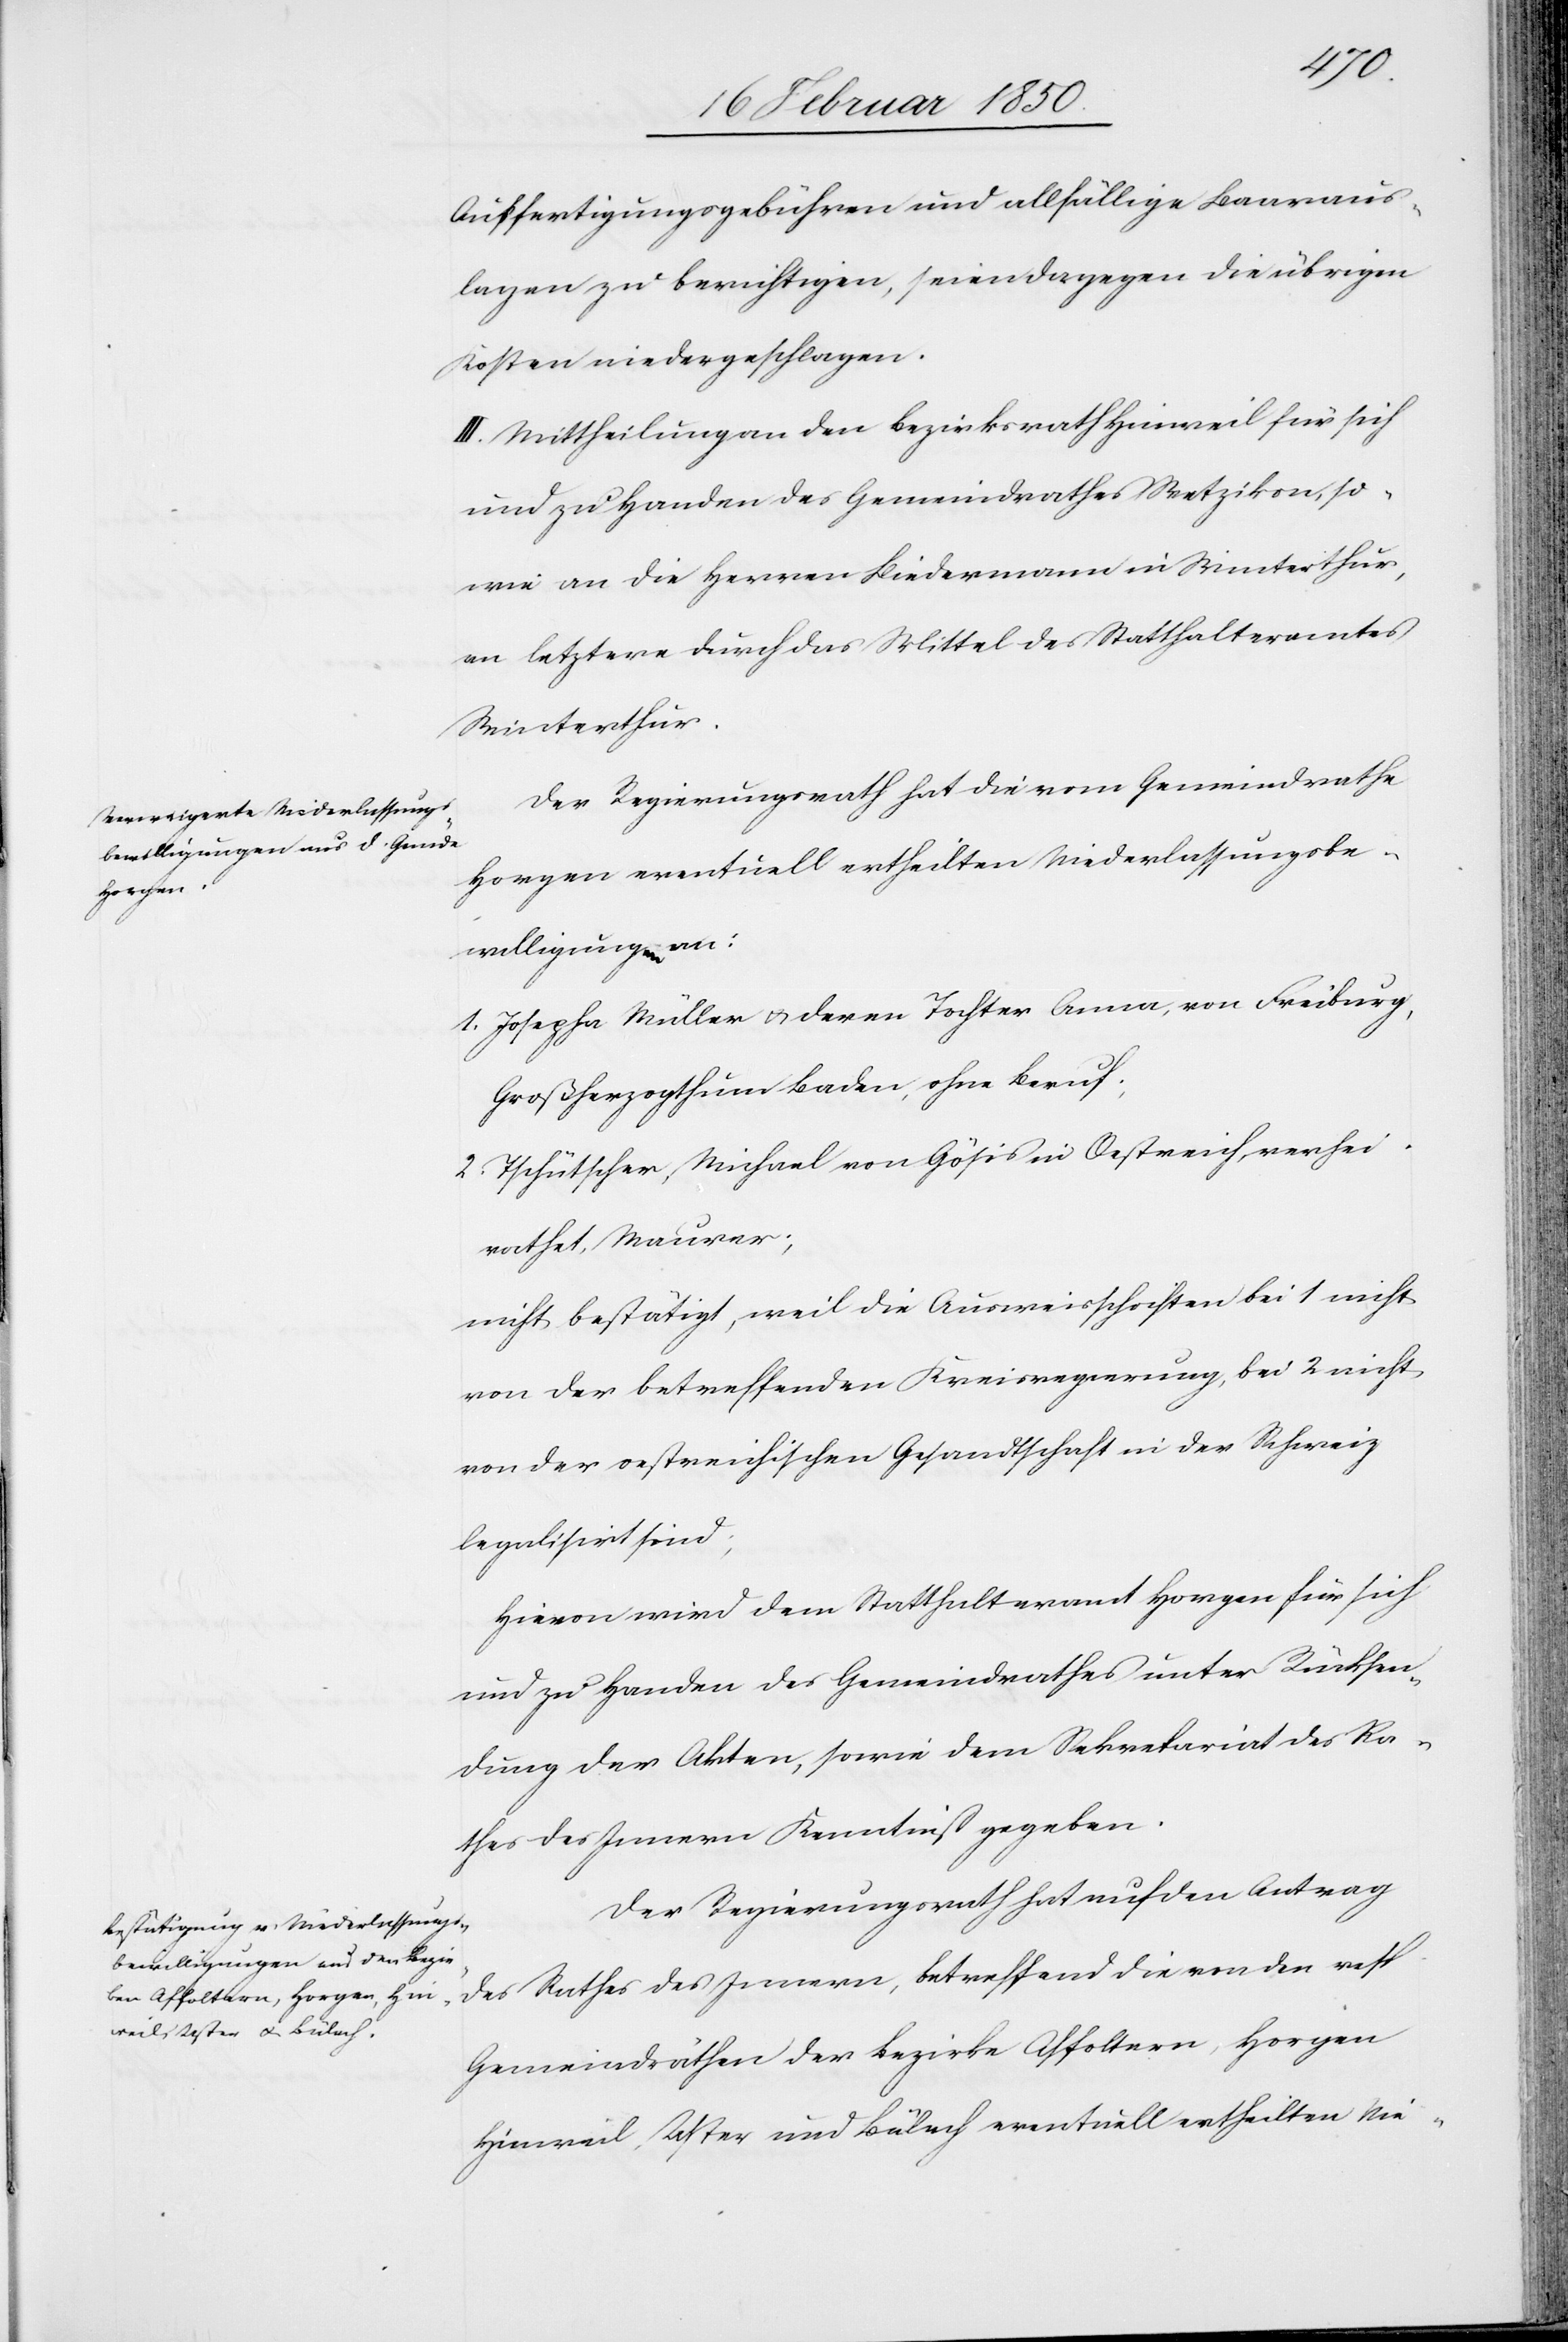
Ausfertigungsgebühren und allfällige Baaraus¬
lagen zu berichtigen, seien dagegen die übrigen
Kosten niedergeschlagen.
III. Mittheilung an den Bezirksrath Hinweil für sich
und zu Handen des Gemeindrathes Wetzikon, so
wie an die Herren Biedermann in Winterthur,
an letztere durch das Mittel des Statthalteramtes
Winterthur.
Der Regierungsrath hat die vom Gemeindrathe
Horgen eventuell ertheilten Niederlassungsbe¬
willigungen an:
1. Josepha Müller u. deren Tochter Anna, von Freiburg,
Großherzogthum Baden, ohne Beruf;
2. Tschütscher, Michael von Gösis in Oestreich, verhei¬
rathet, Maurer;
nicht bestätigt, weil die Ausweisschriften bei 1 nicht
von der betreffenden Kreisregierung, bei 2 nicht
von der oestreichischen Gesandtschaft in der Schweiz
legalisirt sind;
Hievon wird dem Statthalteramt Horgen für sich
und zu Handen des Gemeindrathes unter Rücksen¬
dung der Akten, sowie dem Sekretariat des Ra¬
thes des Innern Kenntniß gegeben.
Der Regierungsrath hat auf den Antrag
des Rathes des Innern, betreffend die von den resp.
Gemeindräthen der Bezirke Affoltern, Horgen[,]
Hinweil, Uster und Bülach eventuell ertheilten Nie-